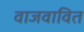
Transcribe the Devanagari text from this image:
वाजवावित